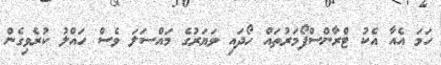
ހަމަ އެއާ އެކު ޓްރާންސްފޯމަރުތައް ހޯދައި ވަޔަރުގެ މައްސަލަ ވެސް ހައްލު ކުރެވިގެން